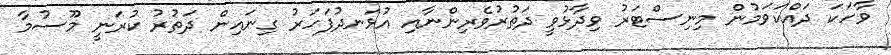
ވާހަކަ ދައްކަވަމުން މިނިސްޓަރު ވިދާޅުވީ ދަތުރުވެރިންނާއި އުޅަނދުފަހަރު ގިނައިން ދަތުރު ކުރަނީ މޫސުމާ